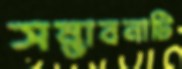
সম্ভাবনাটি